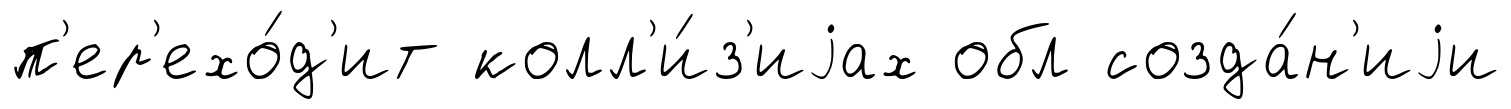
п'ер'ехо́д'ит колл'и́з'иjах обл созда́н'иjи